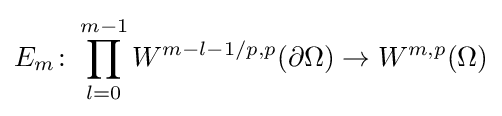
E_{m}\colon \prod _{l=0}^{m-1}W^{m-l-1/p,p}(\partial \Omega )\to W^{m,p}(\Omega )